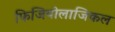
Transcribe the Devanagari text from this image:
फिजियोलाजिकल